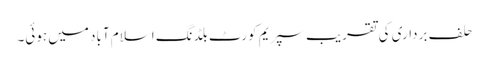
حلف برداری کی تقریب سپریم کورٹ بلڈنگ اسلام آباد میں ہوئی۔